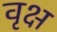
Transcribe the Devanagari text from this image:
वृक्ष